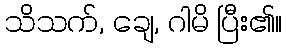
သိသက်, ချေ, ဂါမိ ပြီး၏။